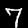
Label: 7